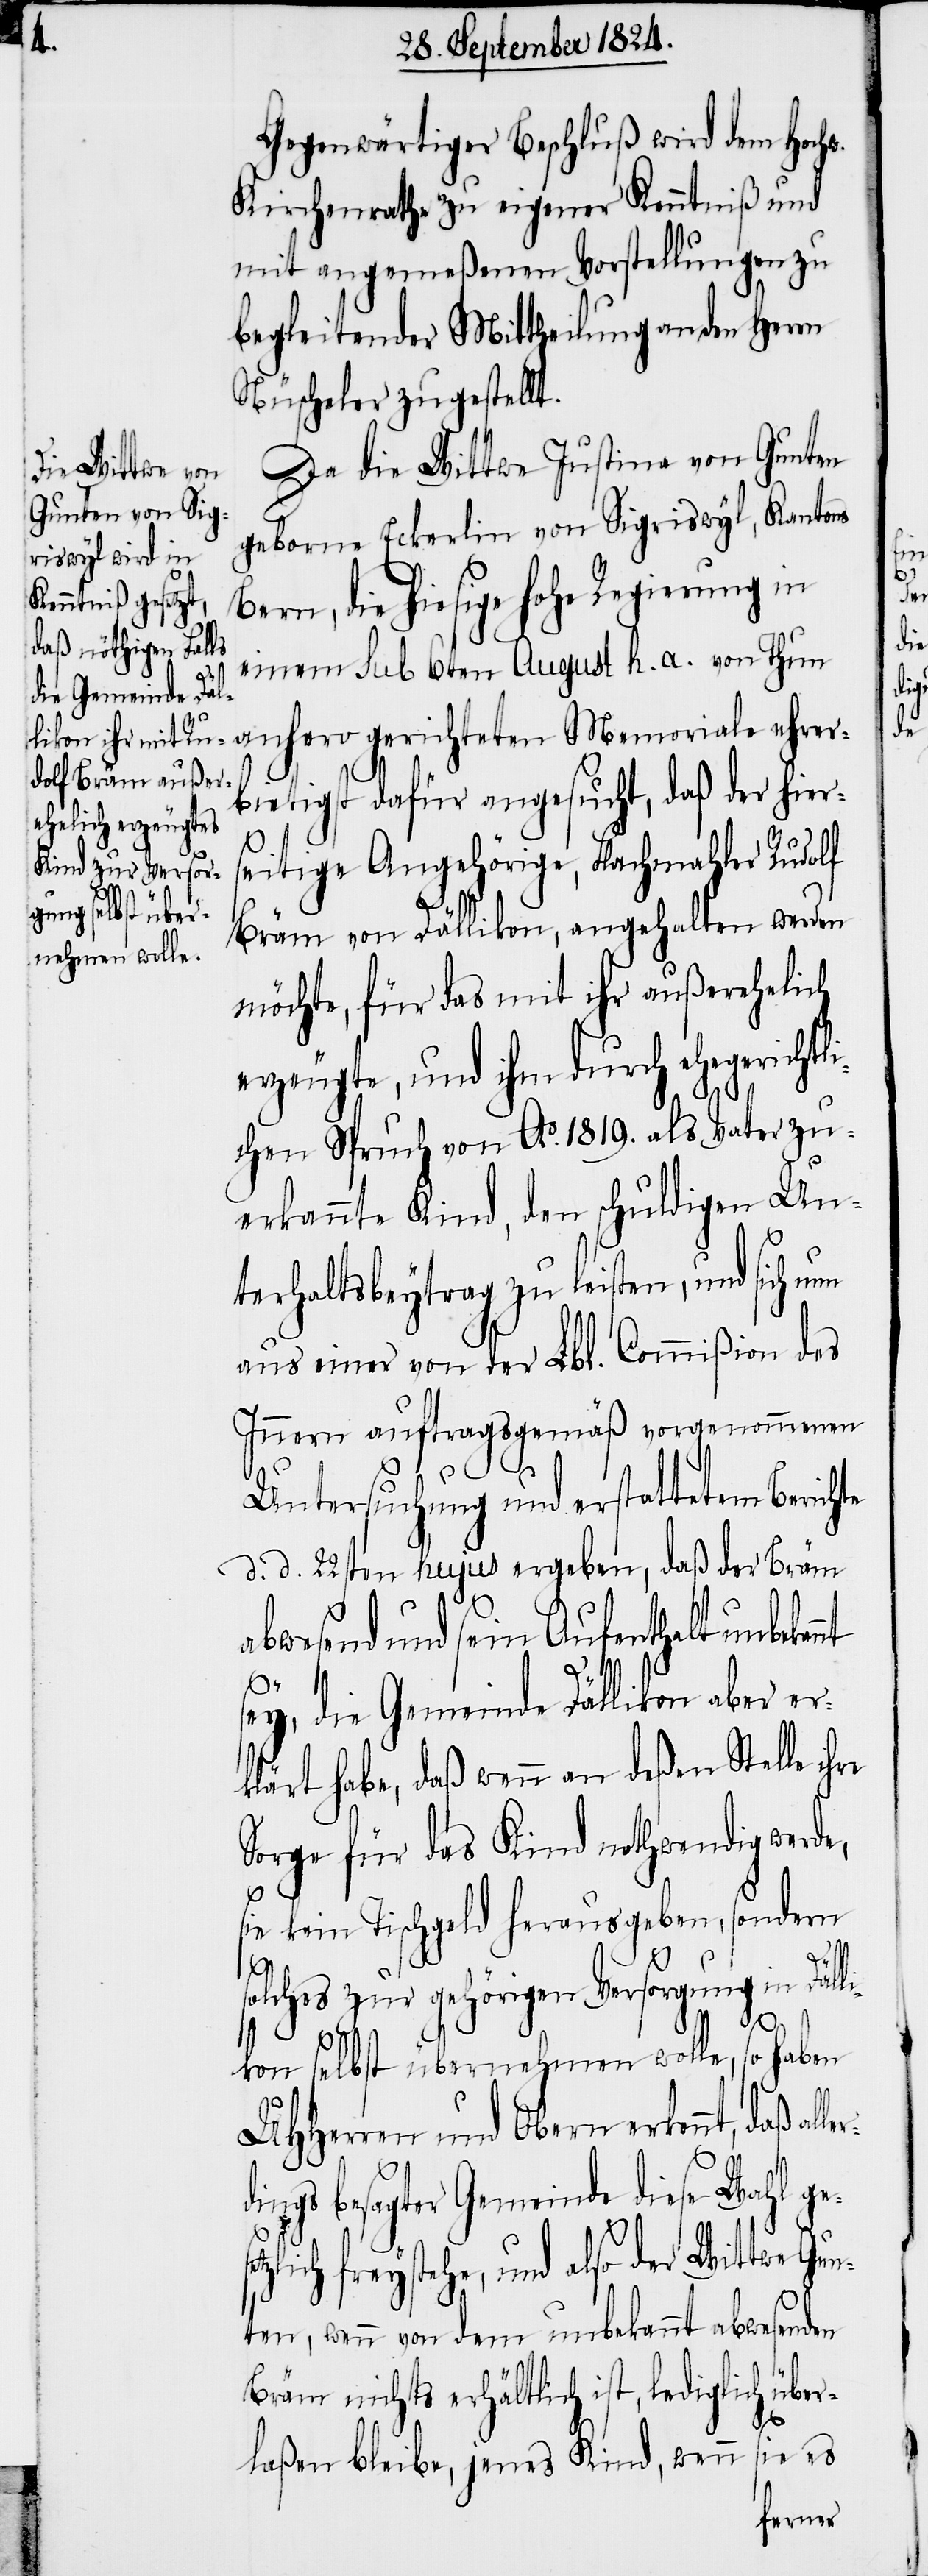
Gegenwärtiger Beschluß wird dem Hochw.
Kirchenrathe zu eigener Kenntniß und
mit angemeßenen Vorstellungen zu
begleitender Mittheilung an den Herrn
Nüscheler zugestellt.
Da die Wittwe Justina von Gunten
geborne Eckerlin von Sigriswyl, Kantons
Bern, die hiesige hohe Regierung in
einem sub 6ten August h. a. von Thun
bietigst dafür angesucht, daß der hiers¬
eitige Angehörige, Flachmahler Rudolf
Bräm von Dällikon, angehalten werden
möchte, für das mit ihr außerehelich
erzeugte, und ihm durch ehegerichtl¬
ichen Spruch von Ao. 1819. als Vater zu¬
erkannte Kind, den schuldigen Un¬
terhaltsbeytrag zu leisten, und sich um
aus einer von der Lbl. Commißion des
Innern auftragsgemäß vorgenommenen
Untersuchung und erstattetem Berichte
d. d. 22sten hujus ergeben, daß der Bräm
abwesend und sein Aufenthalt unbekan¬
nt
sey, die Gemeinde Dällikon aber er¬
klärt habe, daß wenn an deßen Stelle
Sorge für das Kind nothwendig werde,
sie kein Tischgeld herausgeben, sondern
solches zur gehörigen Versorgung in Dälli¬
kon selbst übernehmen wolle, so haben
UHHerren und Obern erkennt, daß a¬
l¬
dings besagter Gemeinde diese Wahl ge¬
lich freystehe, und also der Wittwe Gu¬
nten, wenn von dem unbekannt abwesenden
Bräm nichts erhältlich ist, lediglich über¬
laßen bleibe, jenes Kind, wenn sie es
setz¬